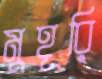
মুহূরি